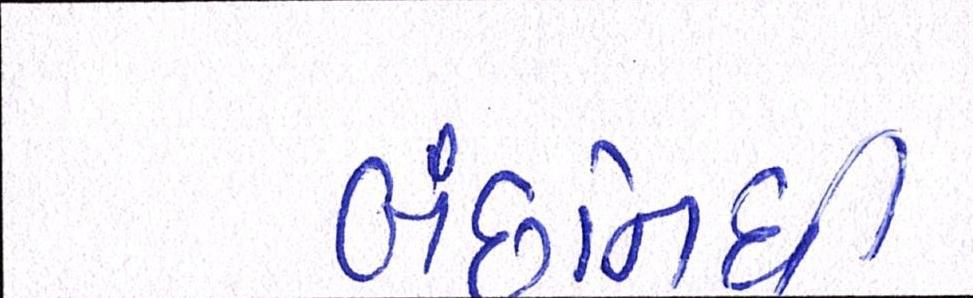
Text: બંછાનિધી